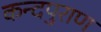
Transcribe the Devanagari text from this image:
कन्दपुराण